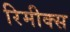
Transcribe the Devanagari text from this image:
रिमीक्स